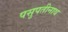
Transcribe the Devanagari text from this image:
पसुपतीनाथ